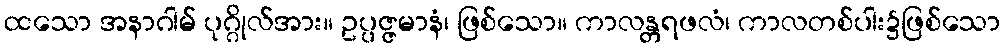
ထသော အနာဂါမ် ပုဂ္ဂိုလ်အား။ ဥပ္ပဇ္ဇမာနံ၊ ဖြစ်သော။ ကာလန္တရဖလံ၊ ကာလတစ်ပါး၌ဖြစ်သော